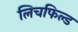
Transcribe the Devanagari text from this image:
लिचफिल्ड